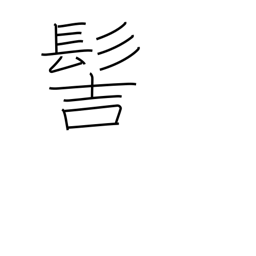
Meaning: samurai topknot